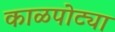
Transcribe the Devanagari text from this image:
काळपोट्या